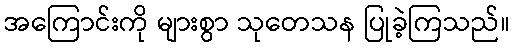
အကြောင်းကို များစွာ သုတေသန ပြုခဲ့ကြသည်။